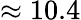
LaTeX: \approx 10.4